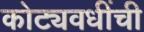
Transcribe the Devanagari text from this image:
कोट्यवधींची